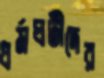
ধর্মঘটীদের